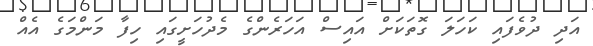
އަދި ދުވެފައި ކަހަލަ ގޮތަކަށް އައިސް އަހަރެންގެ މެދުހަށީގައި ހިފާ މަންމަގެ އެއް